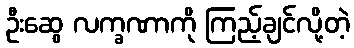
ဦးဆွေ လက္ခဏာကို ကြည့်ချင်လို့တဲ့